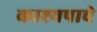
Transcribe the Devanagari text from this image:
काश्यपाचे